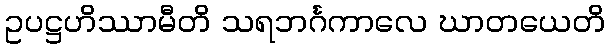
ဥပဋ္ဌဟိဿာမီတိ သရဘင်္ဂကာလေ ဃာတယေတိ